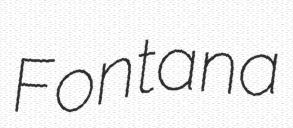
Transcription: Fontana